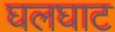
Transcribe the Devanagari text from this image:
घलघाट